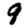
Digit: 9